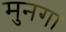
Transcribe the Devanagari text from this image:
मुनगा